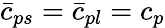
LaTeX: \bar{c}_{ps}=\bar{c}_{pl}=c_{p}